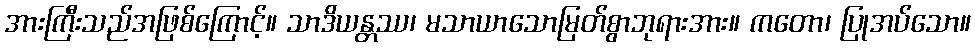
အားကြီးသည်အဖြစ်ကြောင့်။ သာဒိယန္တဿ၊ မသာယာသောမြတ်စွာဘုရားအား။ ကတော၊ ပြုအပ်သော။